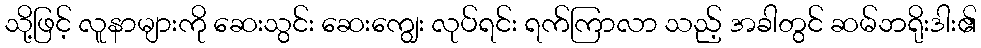
သို့ဖြင့် လူနာများကို ဆေးသွင်း ဆေးကျွေး လုပ်ရင်း ရက်ကြာလာ သည့် အခါတွင် ဆမ်ဘရိုးဒါး၏